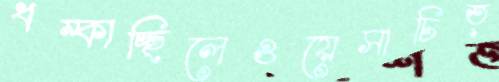
ধম্‌কাচ্ছিলেওয়েসাচিত্